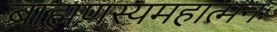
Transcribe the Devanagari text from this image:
ब्राह्मणस्यमहात्मनः